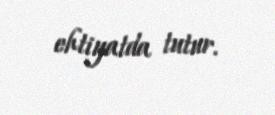
ehtiyatda tutur.